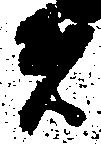
者